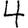
Digit: 4